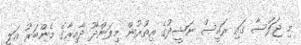
މި ޖަލްސާ ގައި ރައީސް ނަޝީދުގެ އިތުރުން މިލަންދޫ ދާއިރާގެ މެންބަރު އަލީ